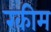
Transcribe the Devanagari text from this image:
रकीम